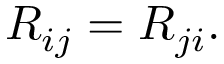
R _ { i j } = R _ { j i } .